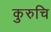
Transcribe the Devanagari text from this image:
कुरुचि